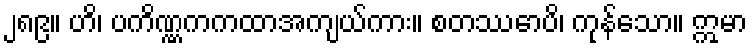
၂၈၉။ ဟိ၊ ပကိဏ္ဏကကထာအကျယ်ကား။ စတဿောပိ၊ ကုန်သော။ ဣမာ